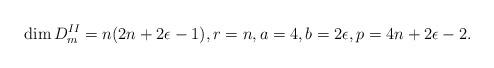
LaTeX: \begin{align*}\dim D^{II}_m = n(2n+2\epsilon-1), r = n, a = 4, b = 2\epsilon, p = 4n + 2\epsilon - 2.\end{align*}